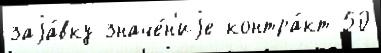
заjа́вку значе́н'иjе контра́кт 50